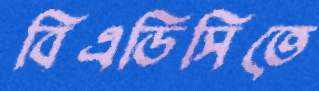
বিএডিসিতে